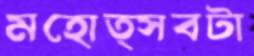
মহোত্সবটা